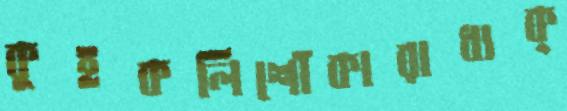
কুইকলিশোঁকারাধ্যক্